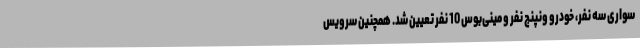
سواری سه نفر، خودرو ونپنج نفر و مینی‌بوس 10 نفر تعیین شد. همچنین سرویس